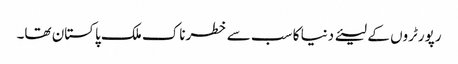
رپورٹروں کے لیئے دنیا کا سب سے خطرناک ملک پاکستان تھا۔